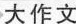
大作文